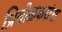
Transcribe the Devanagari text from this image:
प्रियोळकरांना